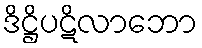
ဒိဋ္ဌိပဋိလာဘော